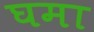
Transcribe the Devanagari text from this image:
घमा